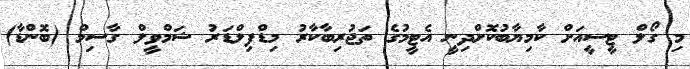
މި ގޯލް ޓީސީއަށް ކާމިޔާބުކޮށްދިނީ އެޓީމުގެ ތަޖުރިބާކާރު މިޑްފިލްޑަރު ޝަމްވީލް ގާސިމް (ބޮންޑާ)